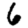
Digit: 6